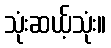
သုံးဆယ့်သုံး။